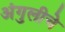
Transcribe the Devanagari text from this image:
अंगुलीचे